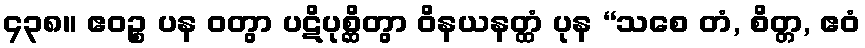
၄၃၈။ ဧဝဉ္စ ပန ဝတွာ ပဋိပုစ္ဆိတွာ ဝိနယနတ္ထံ ပုန “သစေ တံ, စိတ္တ, ဧဝံ